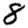
Digit: 8